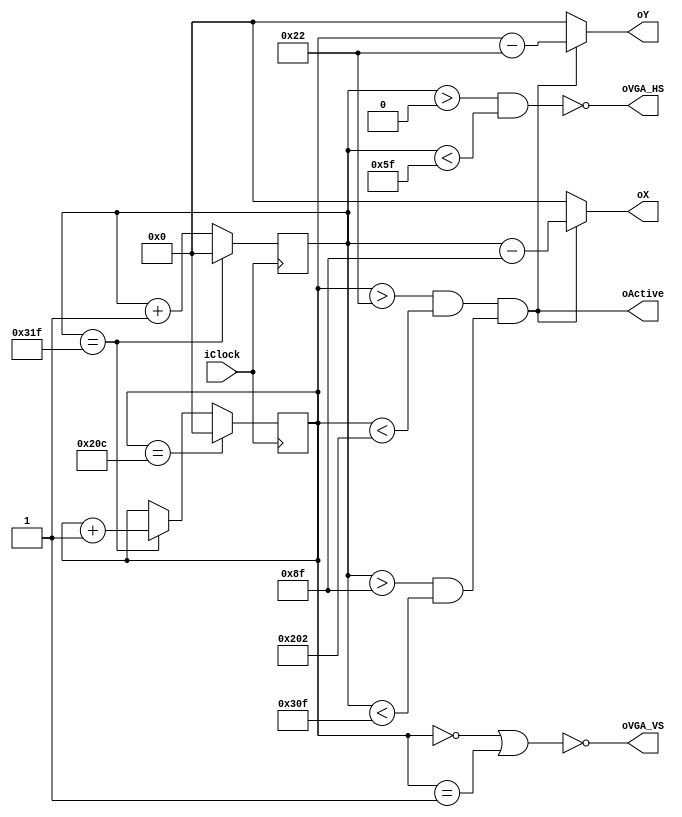
module vga_sync(iClock, oVGA_HS, oVGA_VS, oActive, oX, oY);
	input iClock;
	output oVGA_HS, oVGA_VS;
	output oActive;
	output [9:0] oX, oY;
	reg [9:0]x,y;

	assign oActive = ((y>34 && y<514) && (x>143 && x<783));
	assign oX = oActive?x-143:0;
	assign oY = oActive?y-34:0;
	wire line, frame;
	assign line = (x==799);
	assign frame = (y==524);
	always@(posedge iClock)
		if(line)
			x <= 0;
		else
			x <= x + 1;
	always@(posedge iClock)
		if (frame)
			y <= 0;
		else if (line)
			y <= y + 1;

	assign oVGA_HS = ~(x>0 && x<95);
	assign oVGA_VS = ~(y==0 || y==1);
endmodule